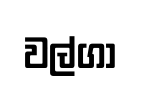
වල්ගා